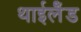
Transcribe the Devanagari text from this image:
थाईलैँड